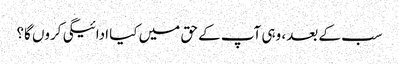
سب کے بعد، وہی آپ کے حق میں کیا ادائیگی کروں گا؟